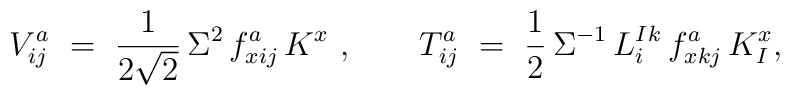
V_{ij}^a \ = \ \frac{1}{2\sqrt2}\,\Sigma^2\,f_{xij}^a\,K^x~,\qquad T^a_{ij} \ =\ \frac12\,\Sigma^{-1}\,L^I_i{}^{k}\,f_{xkj}^a\,K^x_I,